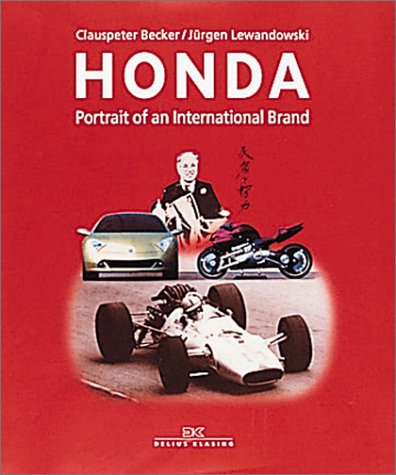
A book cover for Honda: Portrait of an International Brand; Clauspeter Becker; Arts & Photography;